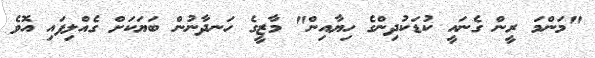
"މަންމަ ރީން ގެނައީ ކުޑަކުދިންގެ ހިޔާއިން" މާޒީގެ ހަނދާނުން ބަޔަކަށް ގެއްލިފައި އޮވެ